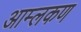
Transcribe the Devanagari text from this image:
आम्लकण